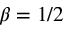
\beta = 1 / 2